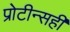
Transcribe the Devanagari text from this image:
प्रोटीन्सही